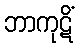
ဘာကုဋိံ